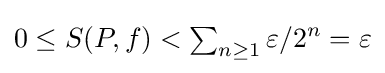
{\textstyle 0\leq S(P,f)<\textstyle \sum _{n\geq 1}\displaystyle \varepsilon /2^{n}=\varepsilon }